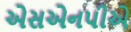
એસએનપીએ